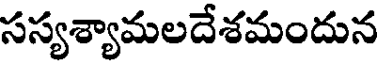
సస్యశ్యామలదేశమందున